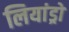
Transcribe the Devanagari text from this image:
लियांड्रो